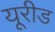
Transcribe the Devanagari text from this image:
यूरीड